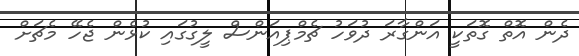
ދެން އޮތް ގޮތަކީ އަންގާރަ ދުވަހު ޗެމްޕިއަންސް ލީގުގައި ކުޅެން ޖެހޭ މެޗަށް